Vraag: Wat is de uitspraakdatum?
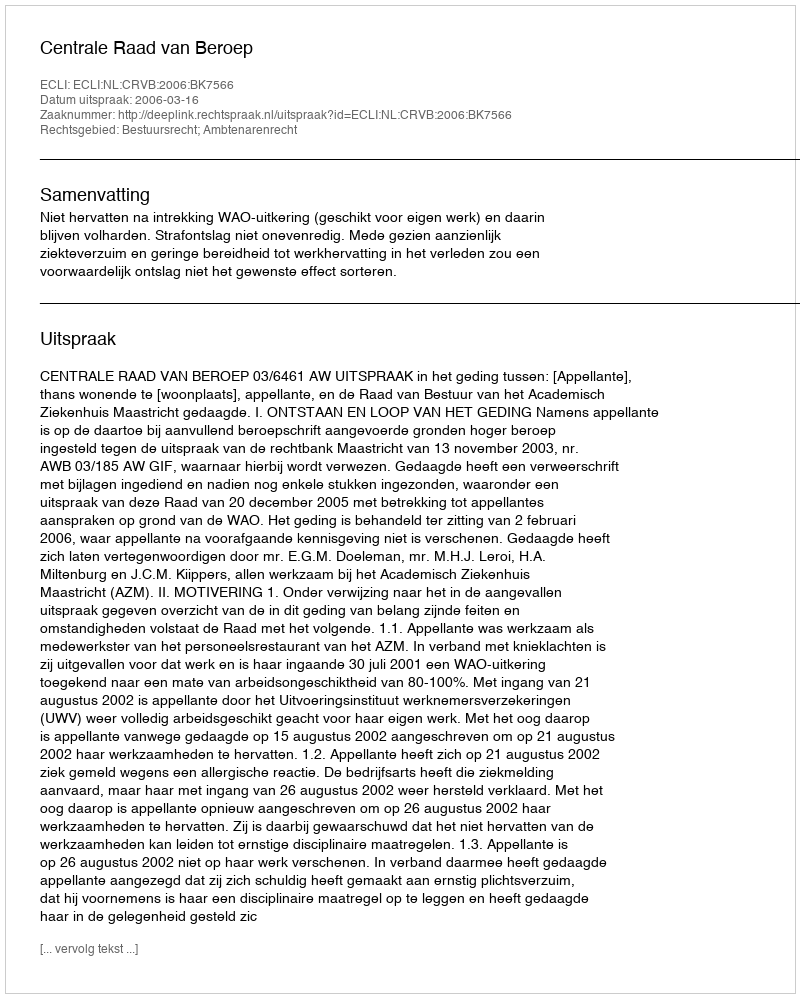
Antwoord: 2006-03-16